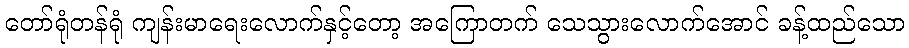
တော်ရုံတန်ရုံ ကျန်းမာရေးလောက်နှင့်တော့ အကြောတက် သေသွားလောက်အောင် ခန့်ထည်သော